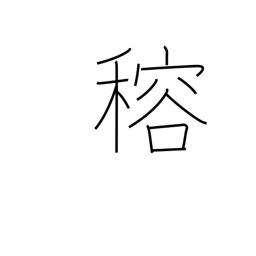
Meaning: (ghost kanji)